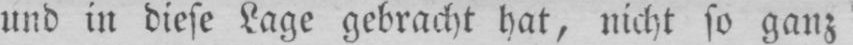
und in diese Lage gebracht hat, nicht so ganz